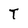
Character: T